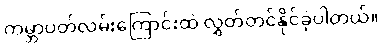
ကမ္ဘာပတ်လမ်းကြောင်းထဲ လွှတ်တင်နိုင်ခဲ့ပါတယ်။